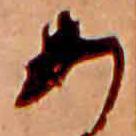
あ